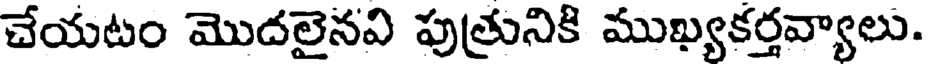
చేయటం మొదలైనవి పుత్రునికి ముఖ్యకర్తవ్యాలు.